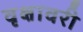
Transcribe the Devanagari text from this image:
वृक्षावरी